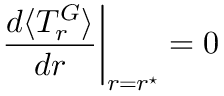
\left. \frac { d \langle T _ { r } ^ { G } \rangle } { d r } \right| _ { r = r ^ { \star } } = 0